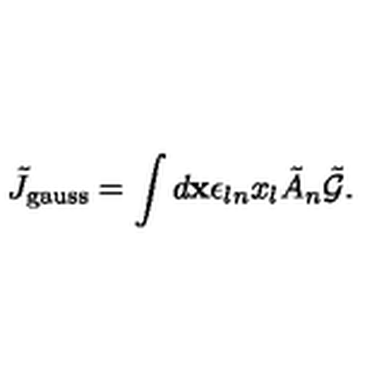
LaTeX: \tilde { J } _ { \mathrm { \scriptsize g a u s s } } = \int { d { \bf x } \epsilon _ { l n } x _ { l } \tilde { A } _ { n } \tilde { \cal G } } .